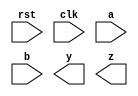
/*--  *******************************************************
--  Computer Architecture Course, Laboratory Sources 
--  Amirkabir University of Technology (Tehran Polytechnic)
--  Department of Computer Engineering (CE-AUT)
--  https://ce[dot]aut[dot]ac[dot]ir
--  *******************************************************
--  All Rights reserved (C) 2019-2020
--  *******************************************************
--  Student ID  : 
--  Student Name: 
--  Student Mail: 
--  *******************************************************
--  Additional Comments:
--
--*/

/*-----------------------------------------------------------
---  Module Name: Sequential Circuit
---  Description: Lab 09 Part 2
-----------------------------------------------------------*/
`timescale 1 ns/1 ns

module seq_circuit (
	input rst ,
	input clk ,
	input a ,
	input b ,
	output y ,
	output z
);

	/* write your code here */
	
	/* write your code here */

endmodule